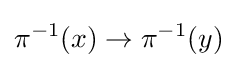
\pi ^{-1}(x)\to \pi ^{-1}(y)